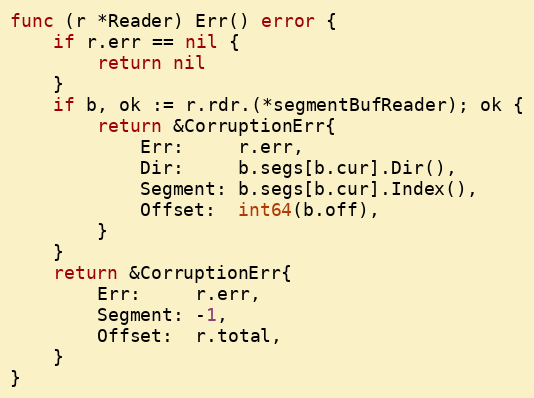
Language: Go
func (r *Reader) Err() error {
	if r.err == nil {
		return nil
	}
	if b, ok := r.rdr.(*segmentBufReader); ok {
		return &CorruptionErr{
			Err:     r.err,
			Dir:     b.segs[b.cur].Dir(),
			Segment: b.segs[b.cur].Index(),
			Offset:  int64(b.off),
		}
	}
	return &CorruptionErr{
		Err:     r.err,
		Segment: -1,
		Offset:  r.total,
	}
}